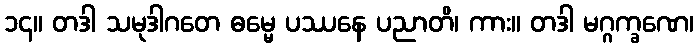
၁၄။ တဒါ သမုဒါဂတေ ဓမ္မေ ပဿနေ ပညာတိ၊ ကား။ တဒါ မဂ္ဂက္ခဏေ၊